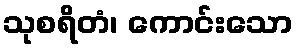
သုစရိတံ၊ ကောင်းသော